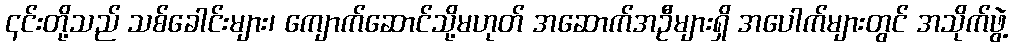
၎င်းတို့သည် သစ်ခေါင်းများ၊ ကျောက်ဆောင်သို့မဟုတ် အဆောက်အဦများရှိ အပေါက်များတွင် အသိုက်ဖွဲ့